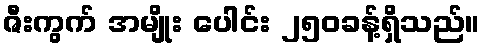
ဇီးကွက် အမျိုး ပေါင်း ၂၅၀ခန့်ရှိသည်။